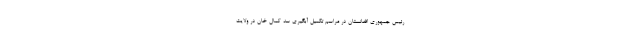
رئیس جمهوری افغانستان در مراسم تکمیل آبگیری سد کمال خان در ولایت